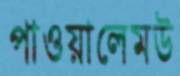
পাওয়ালেমউ